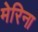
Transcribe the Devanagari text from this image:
मेरिना